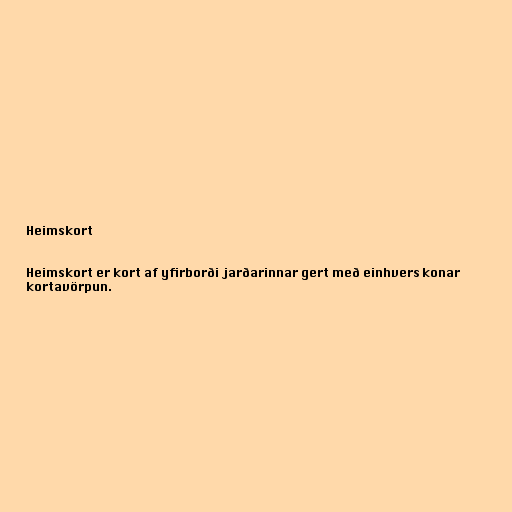
Heimskort

Heimskort er kort af yfirborði jarðarinnar gert með einhvers konar
kortavörpun.